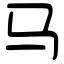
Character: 马